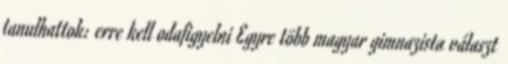
tanulhattok: erre kell odafigyelni Egyre több magyar gimnazista választ